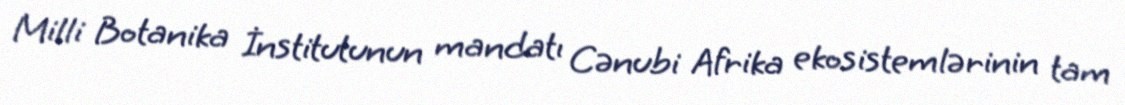
Milli Botanika İnstitutunun mandatı Cənubi Afrika ekosistemlərinin tam